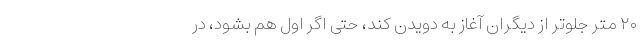
۲۰ متر جلوتر از دیگران آغاز به دویدن کند، حتی اگر اول هم بشود، در